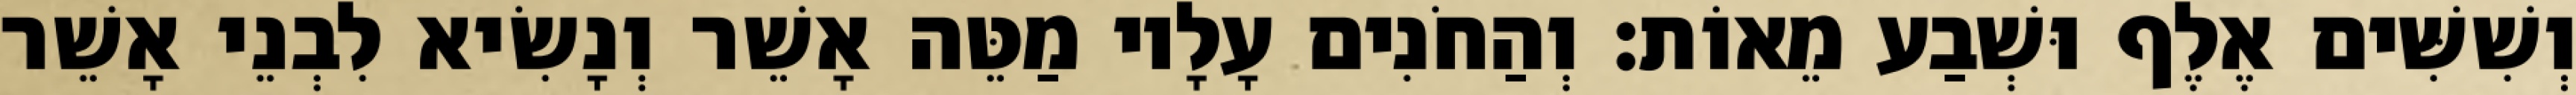
וְשִׁשִּׁים אֶלֶף וּשְׁבַע מֵאוֹת׃ וְהַחֹנִים עָלָיו מַטֵּה אָשֵׁר וְנָשִׂיא לִבְנֵי אָשֵׁר